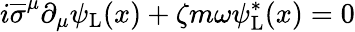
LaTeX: i{\overline{{\sigma}}}^{\mu}\partial_{\mu}\psi_{\mathrm{{L}}}(x)+\zeta m\omega\psi_{\mathrm{{L}}}^{*}(x)=0